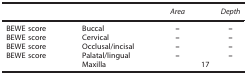
<table><thead><tr><td><b> </b></td><td><b> </b></td><td><b><i>Area</i></b></td><td><b><i>Depth</i></b></td></tr></thead><tbody><tr><td>BEWE score</td><td>Buccal</td><td><b>–</b></td><td><b>–</b></td></tr><tr><td>BEWE score</td><td>Cervical</td><td><b>–</b></td><td><b>–</b></td></tr><tr><td>BEWE score</td><td>Occlusal/incisal</td><td><b>–</b></td><td><b>–</b></td></tr><tr><td>BEWE score</td><td>Palatal/lingual</td><td><b>–</b></td><td><b>–</b></td></tr><tr><td> </td><td>Maxilla</td><td colspan="2">17</td></tr></tbody></table>